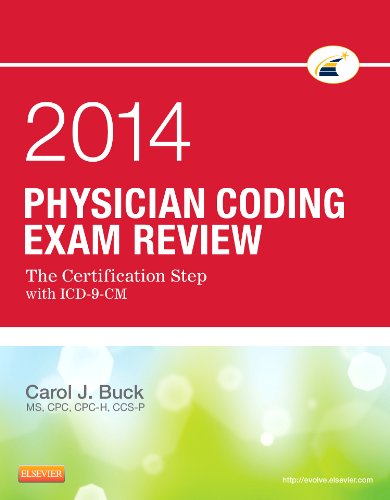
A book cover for Physician Coding Exam Review 2014: The Certification Step with ICD-9-CM, 1e; Carol J. Buck MS  CPC  CCS-P; Medical Books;